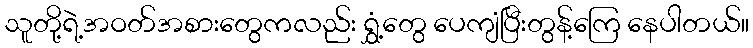
သူတို့ရဲ့အဝတ်အစားတွေကလည်း ရွှံ့တွေ ပေကျံပြီးတွန့်ကြေ နေပါတယ်။